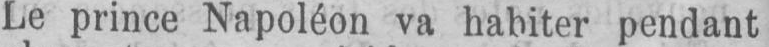
Le prince Napoléon va habiter pendant